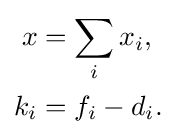
{\begin{aligned}x&=\sum _{i}x_{i},\\k_{i}&=f_{i}-d_{i}.\end{aligned}}